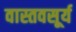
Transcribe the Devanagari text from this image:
वास्तवसूर्य